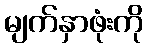
မျက်နှာဖုံးကို